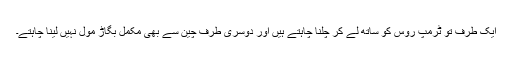
ایک طرف تو ٹرمپ روس کو ساتھ لے کر چلنا چاہتے ہیں اور دوسری طرف چین سے بھی مکمل بگاڑ مول نہیں لینا چاہتے۔